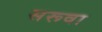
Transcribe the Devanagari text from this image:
सरूवा